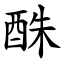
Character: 䣷